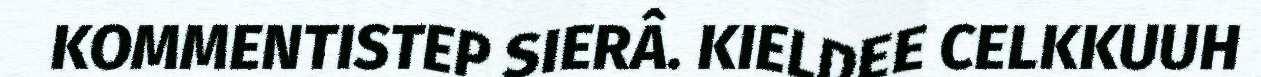
KOMMENTISTEP SIERÂ. KIELDEE CELKKUUH